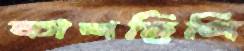
কাশছিলি